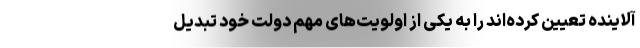
آلاینده تعیین کرده‌اند را به یکی از اولویت‌های مهم دولت خود تبدیل